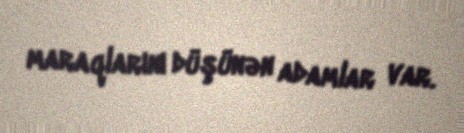
maraqlarını düşünən adamlar var.